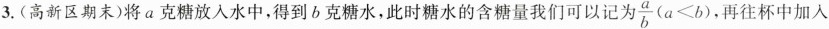
3.(高新区期末)将a克糖放入水中，得到b克糖水，此时糖水的含糖量我们可以记为$$\frac { a } { b } ( a < b )$$，再往杯中加入